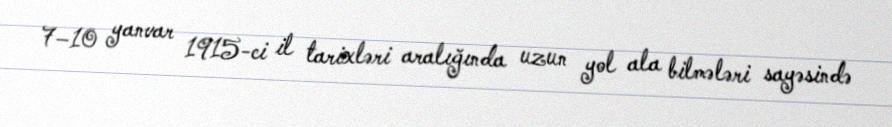
7–10 yanvar 1915-ci il tarixləri aralığında uzun yol ala bilmələri sayəsində